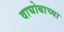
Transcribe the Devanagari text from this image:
वाघोबाच्या